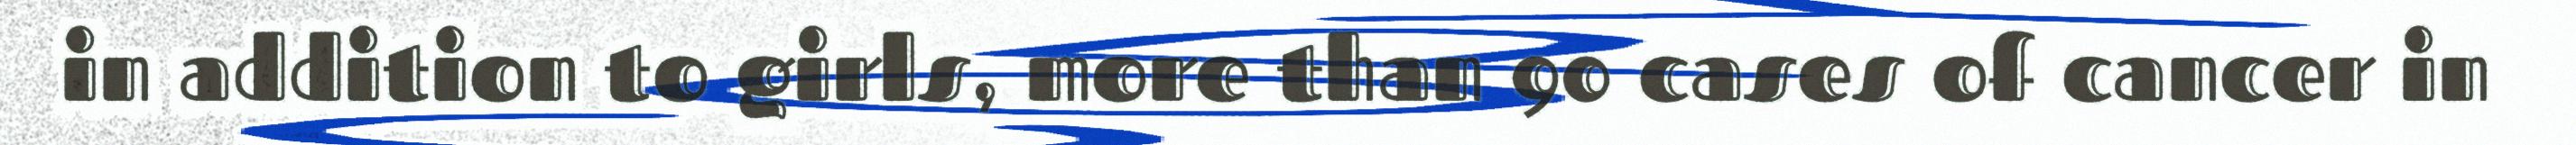
in addition to girls, more than 90 cases of cancer in